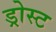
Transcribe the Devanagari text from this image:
ड्रोस्ट